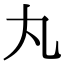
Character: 丸